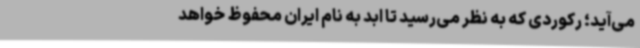
می‌آید؛ رکوردی که به‌ نظر می‌رسید تا ابد به نام ایران محفوظ خواهد